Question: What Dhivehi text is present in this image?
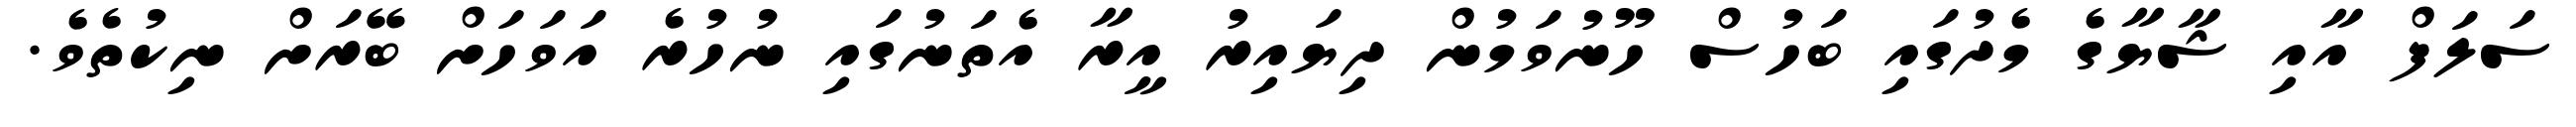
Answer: ސަލަފް އާއި ޝާޔާގެ މެދުގައި ބަހުސް ހޫނުވަމުން ދިޔައިރު އީރާ އެތަނުގައި ނުހުރެ އަވަހަށް ބޭރަށް ނިކުތެވެ.